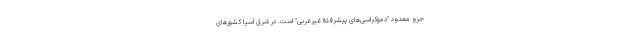
جزو معدود "دموکراسی‌های پیشرفتۀ غیرغربی" است. در شرق آسیا کشورهای